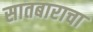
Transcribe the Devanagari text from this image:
सातबाराचा